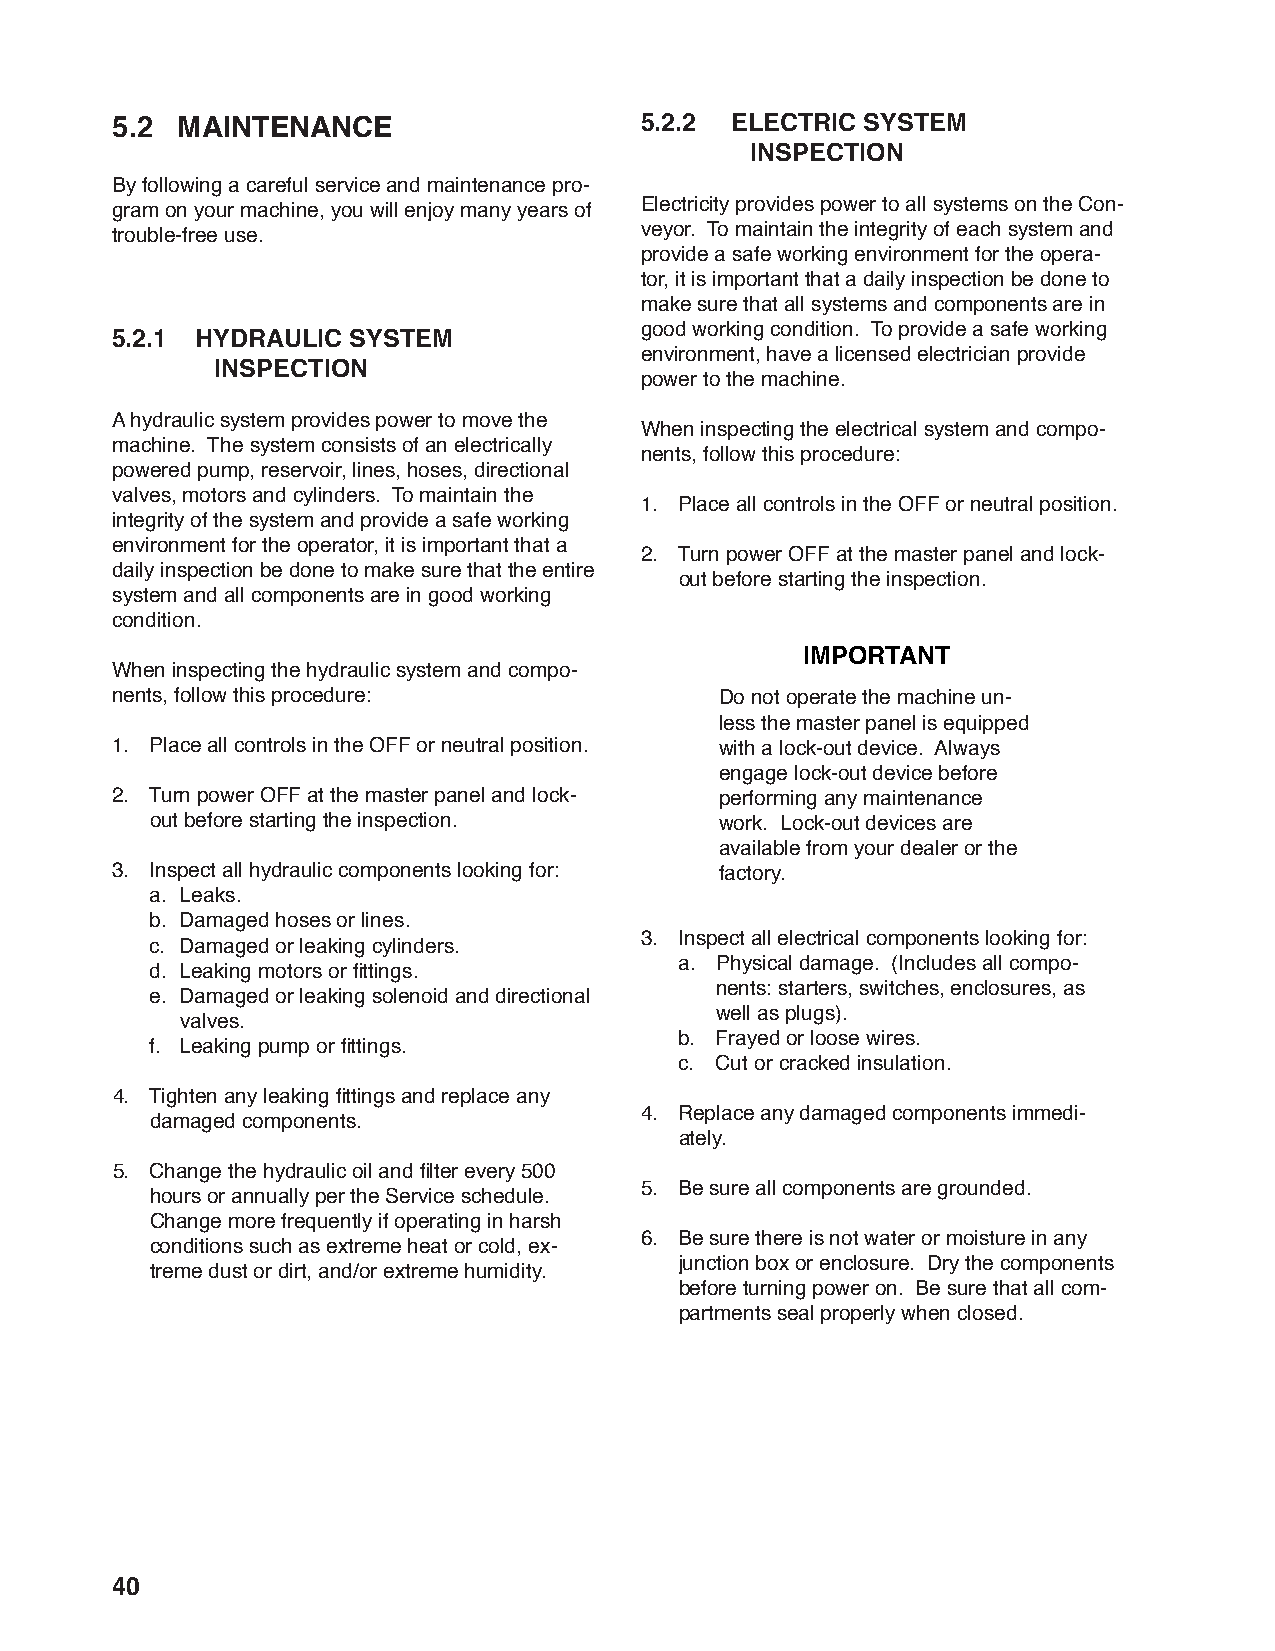
5.2  MAINTENANCE                   5.2.2 ELECTRIC SYSTEM
 INSPECTION
 By following a careful service and maintenance pro-
 gram on your machine, you will enjoy many years of Electricity provides power to all systems on the Con-
 trouble-free use.                  veyor. To maintain the integrity of each system and
 provide a safe working environment for the opera-
 tor, it is important that a daily inspection be done to
 make sure that all systems and components are in
 good working condition. To provide a safe working
 5.2.1 HYDRAULIC SYSTEM
 environment, have a licensed electrician provide
 INSPECTION
 power to the machine.
 A hydraulic system provides power to move the
 When inspecting the electrical system and compo-
 machine. The system consists of an electrically
 nents, follow this procedure:
 powered pump, reservoir, lines, hoses, directional
 valves, motors and cylinders. To maintain the
 1. Place all controls in the OFF or neutral position.
 integrity of the system and provide a safe working
 environment for the operator, it is important that a
 2. Turn power OFF at the master panel and lock-
 daily inspection be done to make sure that the entire
 out before starting the inspection.
 system and all components are in good working
 condition.
 IMPORTANT
 When inspecting the hydraulic system and compo-
 nents, follow this procedure:            Do not operate the machine un-
 less the master panel is equipped
 1. Place all controls in the OFF or neutral position. with a lock-out device. Always
 engage lock-out device before
 2. Turn power OFF at the master panel and lock- performing any maintenance
 out before starting the inspection.   work. Lock-out devices are
 available from your dealer or the
 3. Inspect all hydraulic components looking for: factory.
 a. Leaks.
 b. Damaged hoses or lines.
 3. Inspect all electrical components looking for:
 c. Damaged or leaking cylinders.
 a. Physical damage. (Includes all compo-
 d. Leaking motors or fi ttings.
 nents: starters, switches, enclosures, as
 e. Damaged or leaking solenoid and directional
 well as plugs).
 valves.
 b. Frayed or loose wires.
 f. Leaking pump or fi ttings.
 c. Cut or cracked insulation.
 4. Tighten any leaking fi ttings and replace any
 4. Replace any damaged components immedi-
 damaged components.
 ately.
 5. Change the hydraulic oil and fi lter every 500
 5. Be sure all components are grounded.
 hours or annually per the Service schedule.
 Change more frequently if operating in harsh
 6. Be sure there is not water or moisture in any
 conditions such as extreme heat or cold, ex-
 junction box or enclosure. Dry the components
 treme dust or dirt, and/or extreme humidity.
 before turning power on. Be sure that all com-
 partments seal properly when closed.
 40